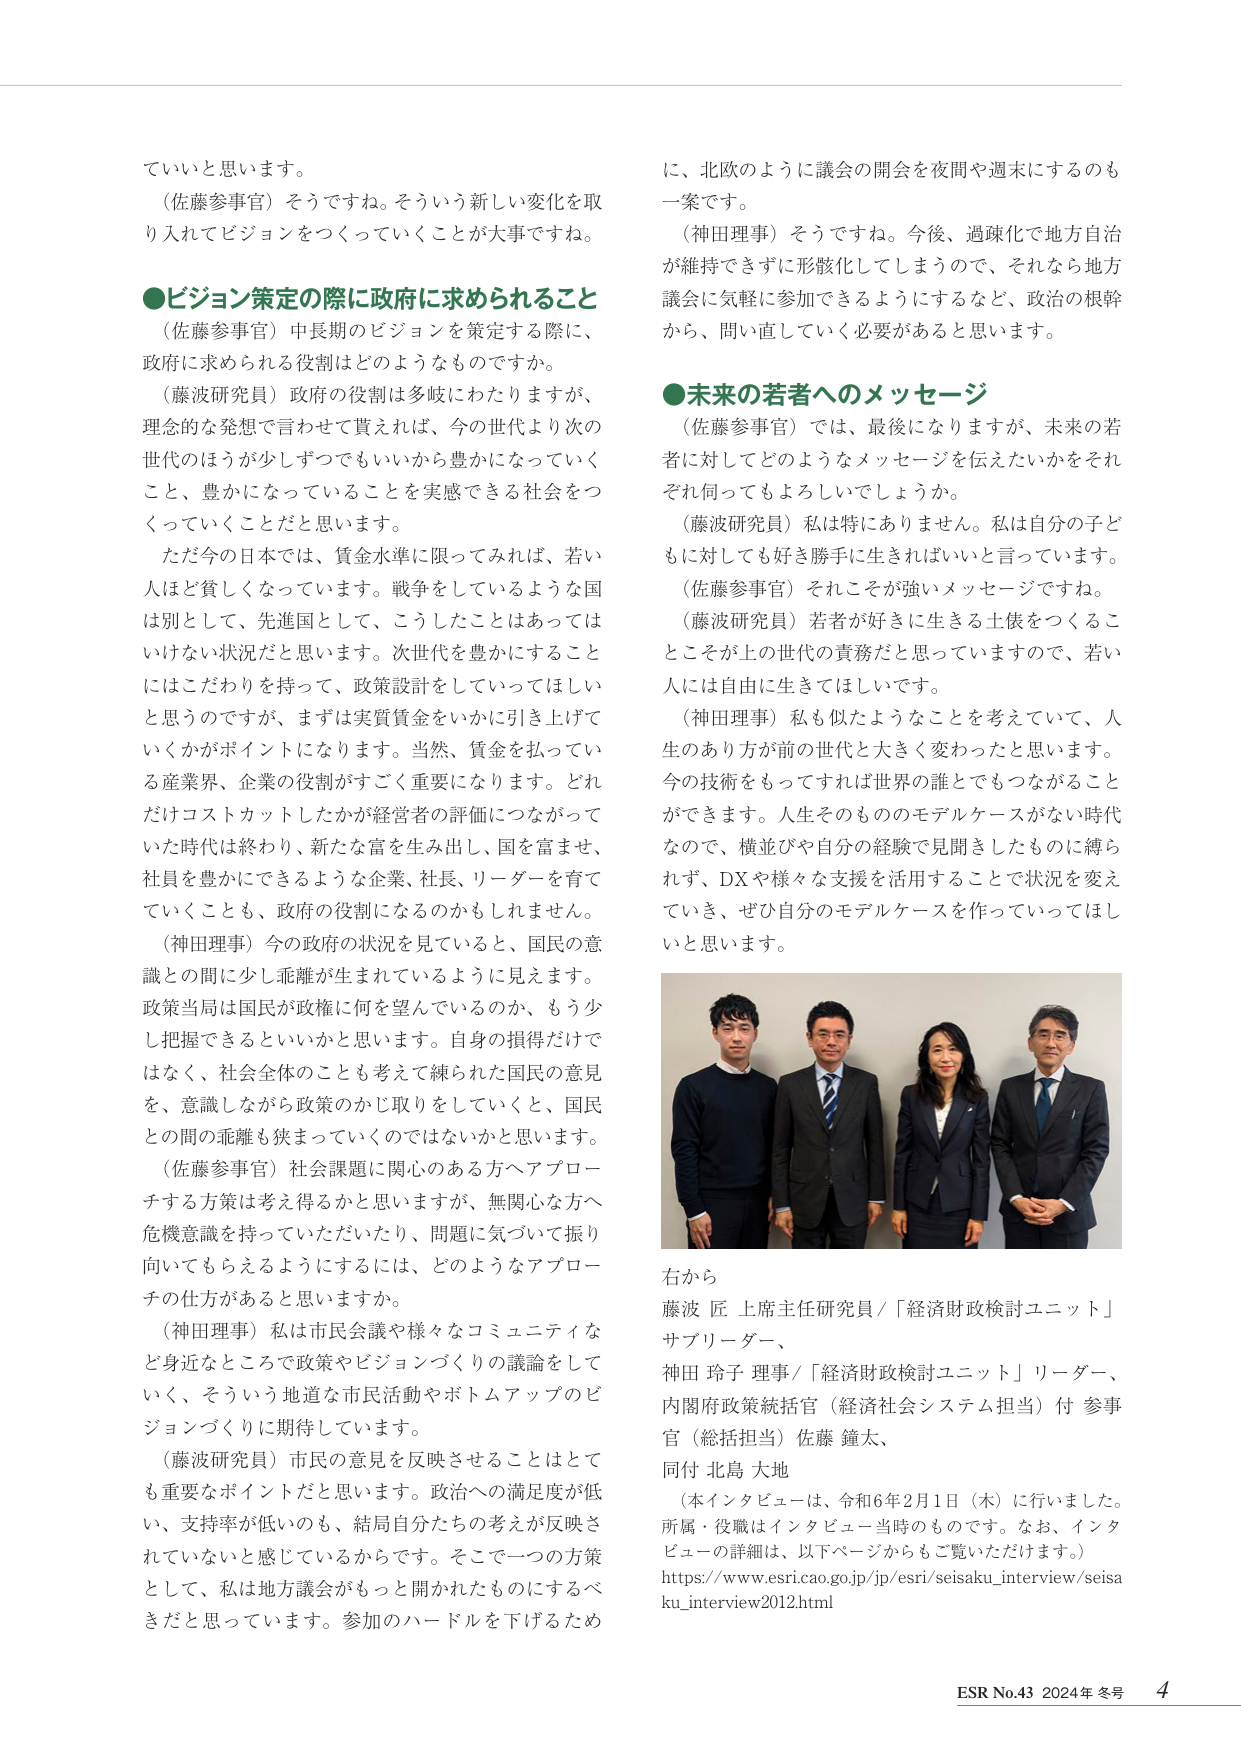
ていいと思います。

（佐藤参事官）そうですね。そういう新しい変化を取り入れてビジョンをつくっていくことが大事ですね。

●ビジョン策定の際に政府に求められること
（佐藤参事官）中長期のビジョンを策定する際に、政府に求められる役割はどのようなものですか。
（藤波研究員）政府の役割は多岐にわたりますが、理念的な発想で言わせて貰えれば、今の世代より次の世代のほうが少しずつでもいいから豊かになっていくこと、豊かになっていることを実感できる社会をつくっていくことだと思います。
ただ今の日本では、賃金水準に限ってみれば、若い人はど貧しくなっています。戦争をしているような国は別として、先進国として、こうしたことはあってはいけない状況だと思います。次世代を豊かにすることにはこだわりを持って、政策設計をしていってほしいと思うのですが、まずは実質賃金をいかに引き上げていくかがポイントになります。当然、賃金を払っている産業界、企業の役割がすごく重要になります。どれだけコストカットしたかが経営者の評価につながっていた時代は終わり、新たな富を生み出し、国を富ませ、社員を豊かにできるような企業、社長、リーダーを育てていくことも、政府の役割になるのかもしれません。
（神田理事）今の政府の状況を見ていると、国民の意識との間に少し乖離が生まれているように見えます。政策当局は国民が政権に何を望んでいるのか、もう少し把握できるといいと思います。自身の損得だけではなく、社会全体のことも考えて練られた国民の意見を、意識しながら政策のかじ取りをしていくと、国民との間の乖離も狭まっていくのではないかと思います。
（佐藤参事官）社会課題に関心のある方へアプローチする方策は考え得るかと思いますが、無関心な方へ危機意識を持っていただいたり、問題に気づいて振り向いてもらえるようにするには、どのようなアプローチの仕方があると思いますか。
（神田理事）私は市民会議や様々なコミュニティなど身近なところで政策やビジョンづくりの議論をしていく、そういう地道な市民活動やボトムアップのビジョンづくりに期待しています。
（藤波研究員）市民の意見を反映させることはとても重要なポイントだと思います。政治への満足度が低い、支持率が低いのも、結局自分たちの考えが反映されていないと感じているからです。そこで一つの方策として、私は地方議会がもっと開かれたものにするべきだと思っています。参加のハードルを下げるため

に、北欧のように議会の開会を夜間や週末にするのも一案です。
（神田理事）そうですね。今後、過疎化で地方自治が維持できずに形骸化してしまうので、それなら地方議会に気軽に参加できるようにするなど、政治の根幹から、問い直していく必要があると思います。

●未来の若者へのメッセージ
（佐藤参事官）では、最後になりますが、未来の若者に対してどのようなメッセージを伝えたいかをそれぞれ伺ってもよろしいでしょうか。
（藤波研究員）私は特にありません。私は自分の子どもに対しても好き勝手に生きればいいと言っています。
（佐藤参事官）それこそが強いメッセージですね。
（藤波研究員）若者が好きに生きる土俵をつくることがその上の世代の責務だと思っていますので、若い人には自由に生きてほしいです。
（神田理事）私も似たようなことを考えていて、人生のあり方が前の世代と大きく変わったと思います。今の技術をもってすれば世界の誰とでもつながることができます。人生そのもののモデルケースがない時代なので、横並びや自分の経験で見聞きしたものに縛られず、DXや様々な支援を活用することで状況を変えていき、ぜひ自分のモデルケースを作っていってほしいと思います。

右から
藤波 匠 上席主任研究員／「経済財政検討ユニット」サブリーダー、
神田 玲子 理事／「経済財政検討ユニット」リーダー、
内閣府政策統括官（経済社会システム担当）付 参事官（総括担当）佐藤 鐘太、
同付 北島 大地

（本インタビューは、令和6年2月1日（木）に行いました。所属・役職はインタビュー当時のものです。なお、インタビューの詳細は、以下ページからご覧いただけます。）
https://www.esri.cao.go.jp/jp/esri/seisaku_interview/seisaku_interview2012.html

ESR No.43 2024年 冬号 4